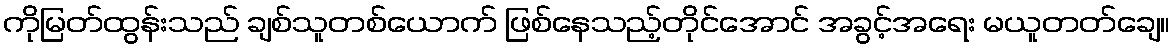
ကိုမြတ်ထွန်းသည် ချစ်သူတစ်ယောက် ဖြစ်နေသည့်တိုင်အောင် အခွင့်အရေး မယူတတ်ချေ။